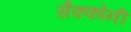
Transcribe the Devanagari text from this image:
सैक्कोनी